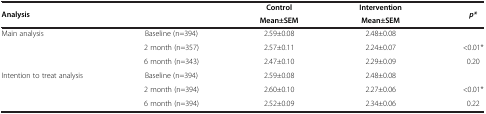
| Analysis |  | Control | Intervention | p* |
 |  |  | Mean±SEM | Mean±SEM |  |
 | --- | --- | --- | --- | --- |
 | Main analysis | Baseline (n=394) | 2.59±0.08 | 2.48±0.08 |  |
 |  | 2 month (n=357) | 2.57±0.11 | 2.24±0.07 | <0.01* |
 |  | 6 month (n=343) | 2.47±0.10 | 2.29±0.09 | 0.20 |
 | <ROWSPAN=2> Intention to treat analysis | Baseline (n=394) | 2.59±0.08 | 2.48±0.08 |  |
 | 2 month (n=394) | 2.60±0.10 | 2.27±0.06 | <0.01* |
 |  | 6 month (n=394) | 2.52±0.09 | 2.34±0.06 | 0.22 |